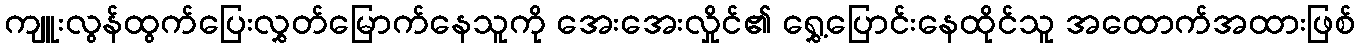
ကျူးလွန်ထွက်ပြေးလွှတ်မြောက်နေသူကို အေးအေးလှိုင်၏ ရွှေ့ပြောင်းနေထိုင်သူ အထောက်အထားဖြစ်